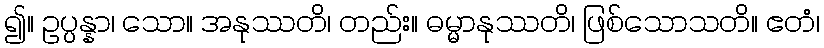
၍။ ဥပ္ပန္နာ၊ သော။ အနုဿတိ၊ တည်း။ ဓမ္မာနုဿတိ၊ ဖြစ်သောသတိ။ ဧတံ၊